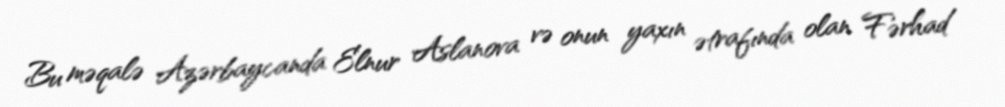
Bu məqalə Azərbaycanda Elnur Aslanova və onun yaxın ətrafında olan Fərhad